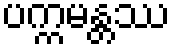
ပက္ကမန္တဿ